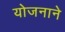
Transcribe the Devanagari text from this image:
योजनाने